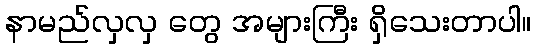
နာမည်လှလှ တွေ အများကြီး ရှိသေးတာပါ။